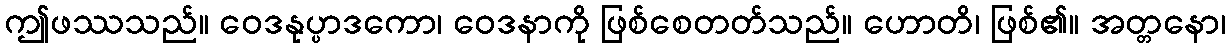
ဤဖဿသည်။ ဝေဒနုပ္ပာဒကော၊ ဝေဒနာကို ဖြစ်စေတတ်သည်။ ဟောတိ၊ ဖြစ်၏။ အတ္တနော၊